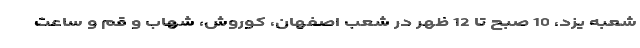
شعبه یزد، 10 صبح تا 12 ظهر در شعب اصفهان، کوروش، شهاب و قم و ساعت